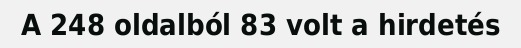
A 248 oldalból 83 volt a hirdetés